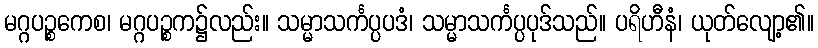
မဂ္ဂပဉ္စကေစ၊ မဂ္ဂပဉ္စက၌လည်း။ သမ္မာသင်္ကပ္ပပဒံ၊ သမ္မာသင်္ကပ္ပပုဒ်သည်။ ပရိဟီနံ၊ ယုတ်လျော့၏။